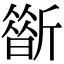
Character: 𣃀